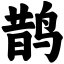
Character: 鹊